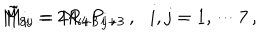
\tilde { M } _ { 8 i } = 2 R _ { 4 } P _ { i } \, , \hspace { 1 c m } \tilde { M } _ { i j } = M _ { i + 3 \, j + 3 } \, , \, \, \, \, i , j = 1 , \cdots 7 \, ,